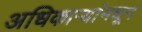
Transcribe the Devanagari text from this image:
अधिकाऱ्यांमधून